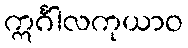
ဣင်္ဂါလကုယာဝ